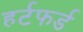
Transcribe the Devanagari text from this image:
हर्टफर्ड